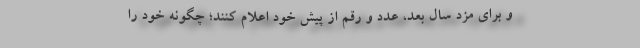
و برای مزد سال بعد، عدد و رقم از پیش خود اعلام کنند؛ چگونه خود را